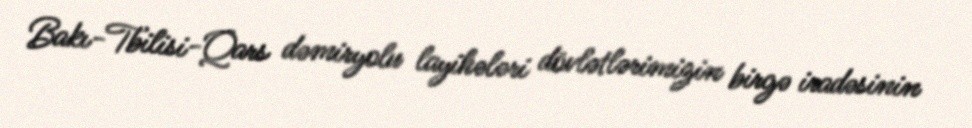
Bakı-Tbilisi-Qars dəmiryolu layihələri dövlətlərimizin birgə iradəsinin